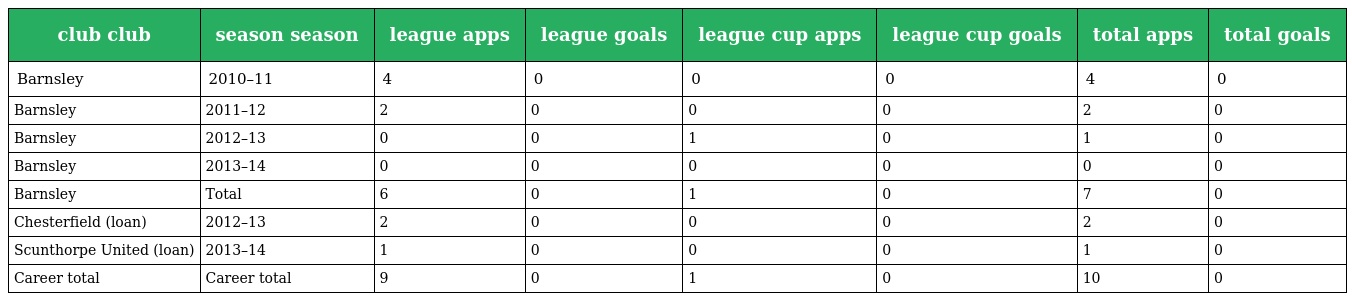
| club club | season season | league apps | league goals | league cup apps | league cup goals | total apps | total goals |
 | --- | --- | --- | --- | --- | --- | --- | --- |
 | Barnsley | 2010–11 | 4 | 0 | 0 | 0 | 4 | 0 |
 | Barnsley | 2011–12 | 2 | 0 | 0 | 0 | 2 | 0 |
 | Barnsley | 2012–13 | 0 | 0 | 1 | 0 | 1 | 0 |
 | Barnsley | 2013–14 | 0 | 0 | 0 | 0 | 0 | 0 |
 | Barnsley | Total | 6 | 0 | 1 | 0 | 7 | 0 |
 | Chesterfield (loan) | 2012–13 | 2 | 0 | 0 | 0 | 2 | 0 |
 | Scunthorpe United (loan) | 2013–14 | 1 | 0 | 0 | 0 | 1 | 0 |
 | Career total | Career total | 9 | 0 | 1 | 0 | 10 | 0 |